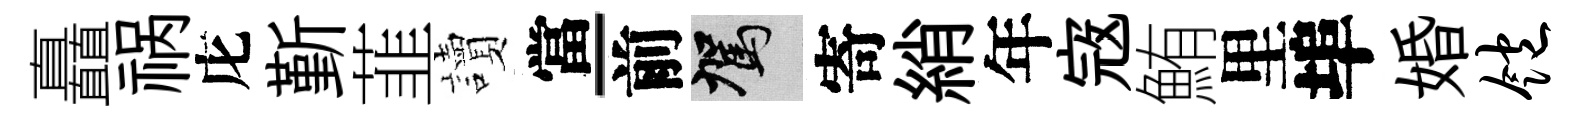
矗祸庀斳韮讀當-前駕寄綃年𡨥鮪里埠婚饱